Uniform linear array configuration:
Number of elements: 64
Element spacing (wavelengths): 1
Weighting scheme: hamming
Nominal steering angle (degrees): -45
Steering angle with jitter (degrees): -46.046
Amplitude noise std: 0.05
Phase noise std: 0.05

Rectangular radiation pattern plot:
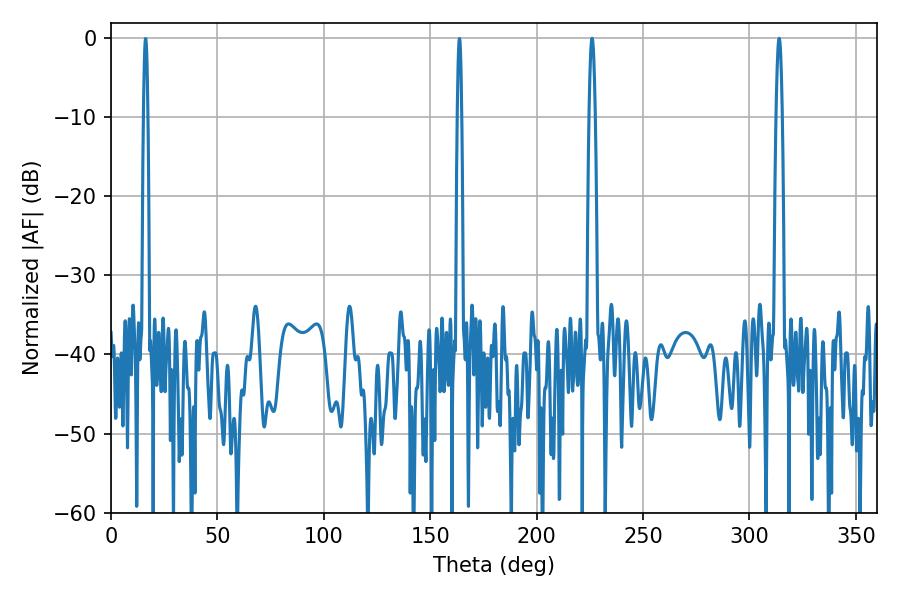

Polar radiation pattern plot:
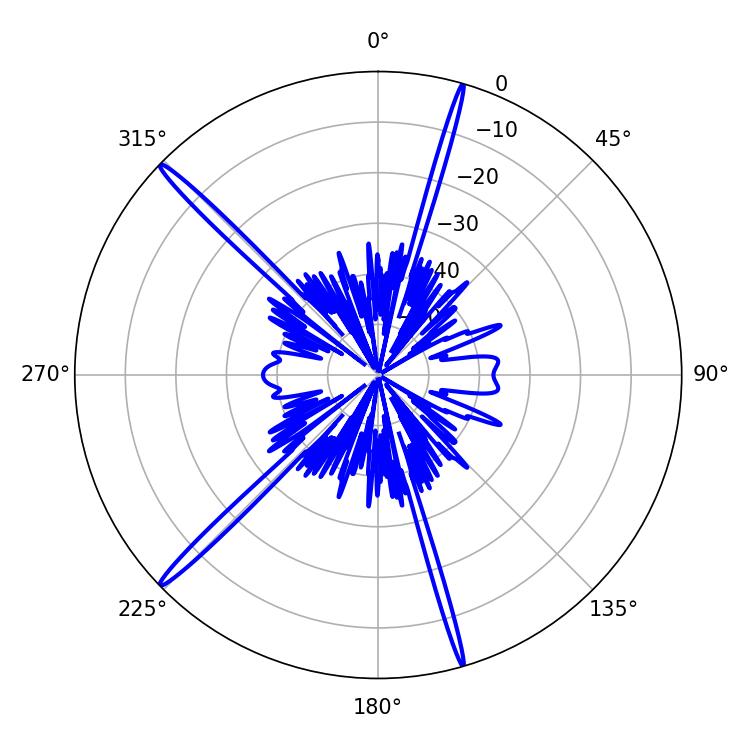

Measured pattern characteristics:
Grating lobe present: TRUE
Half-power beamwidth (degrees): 1.44
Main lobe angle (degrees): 313.92